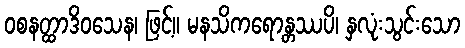
ဝစနတ္ထာဒိဝသေန၊ ဖြင့်။ မနသိကရောန္တဿပိ၊ နှလုံးသွင်းသော